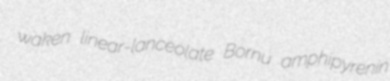
waken linear-lanceolate Bornu amphipyrenin